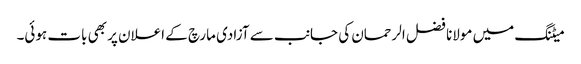
میٹنگ میں مولانا فضل الرحمان کی جانب سے آزادی مارچ کے اعلان پر بھی بات ہوئی۔